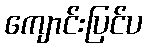
ကျောင်းပြင်ပ